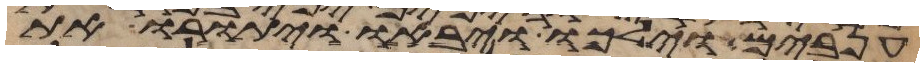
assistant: ענבים וילכו ויבאו ויתורו את